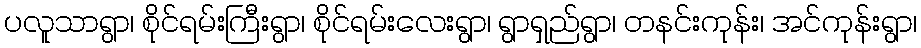
ပလူသာရွာ၊ စိုင်ရမ်းကြီးရွာ၊ စိုင်ရမ်းလေးရွာ၊ ရွာရှည်ရွာ၊ တနင်းကုန်း၊ အင်ကုန်းရွာ၊